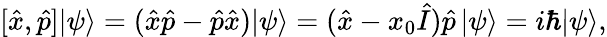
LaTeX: [{\hat{x}},{\hat{p}}]|\psi\rangle=({\hat{x}}{\hat{p}}-{\hat{p}}{\hat{x}})|\psi\rangle=({\hat{x}}-x_{0}{\hat{I}}){\hat{p}}\, |\psi\rangle=i\hbar|\psi\rangle,